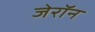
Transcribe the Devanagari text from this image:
जेरॉन